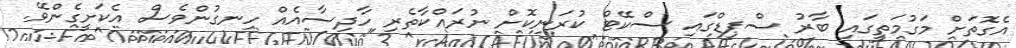
އެގޮތަށް މަގުމަތީގައި ބާރު ސްޕިޑްގައި ސްކޭޓް ކުރަނިކޮށް ނުރައްކާތެރި ހާދިސާއެއް ހިނގުންވެސް އެކަށީގެންވޭ.